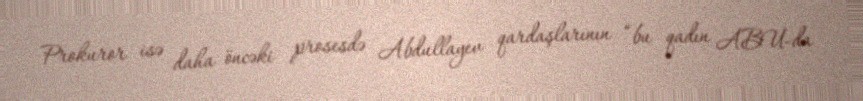
Prokuror isə daha öncəki prosesdə Abdullayev qardaşlarının “bu qadın ABU-da